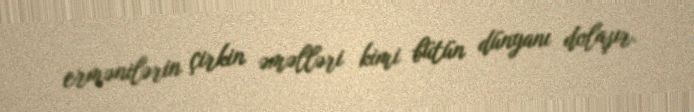
ermənilərin çirkin əməlləri kimi bütün dünyanı dolaşır.